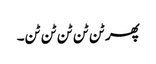
پھر ٹن ٹن ٹن ٹن ٹن۔